Madras marine plague regulations
Disease focus: Plague
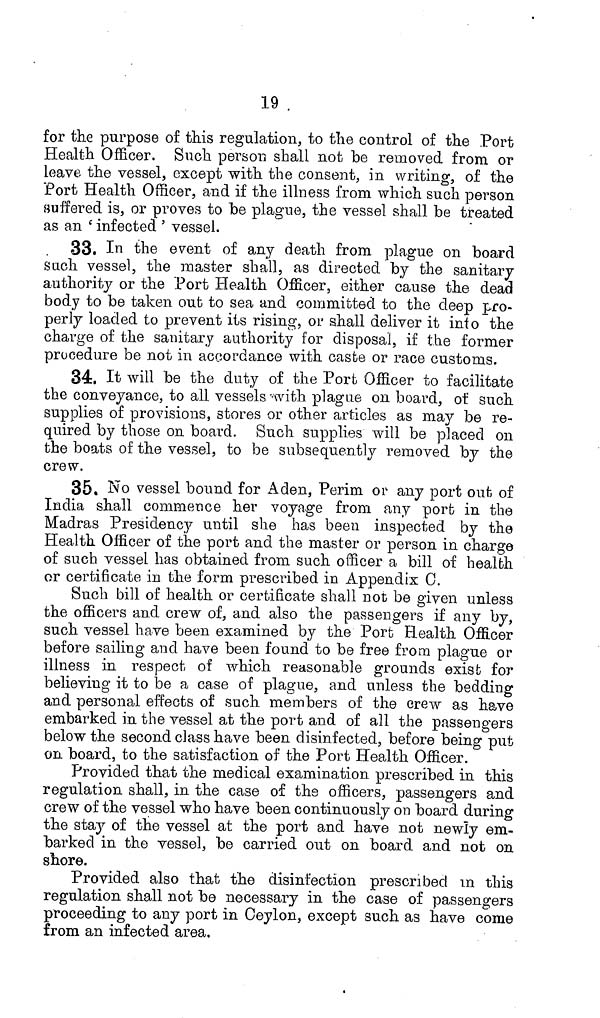
19.
for the purpose of this regulation, to the control of the Port
Health Officer. Such person shall not be removed from or
Leave the vessel, except with the consent, in writing, of the
Port Health Officer, and if the illness from which such person
suffered is, or proves to be plague, the vessel shall be treated
as an 'infected' vessel.
33. In the event of any death from plague on board
Such vessel, the master shall, as directed by the sanitary
authority or the Port Health Officer, either cause the dead
body to be taken out to sea and committed to the deep pro-
perly loaded to prevent its rising, or shall deliver it into the
charge of the sanitary authority for disposal, if the former
procedure be not in accordance with caste or race customs.
34. It will be the duty of the Port Officer to facilitate
the conveyance, to all vessels with plague on board, of such,
supplies of provisions, stores or other articles as may be re-
quired by those on board. Such supplies will be placed on
the boats of the vessel, to be subsequently removed by the
crew.
35. No vessel bound for Aden, Perim or any port out of
India shall commence her voyage from any port in the
Madras Presidency until she has been inspected by the
Health Officer of the port and the master or person in charge
of such vessel has obtained from such officer a bill of health
or certificate in the form prescribed in Appendix C.
Such bill of health or certificate shall not be given unless
the officers and crew of, and also the passengers if any by,
such vessel have been examined by the Port Health Officer
before sailing and have been found to be free from plague or
illness in respect of which reasonable grounds exist for
believing it to be a case of plague, and unless the bedding
and personal effects of such members of the crew as have
embarked in the vessel at the port and of all the passengers
below the second class have been disinfected, before being put
on board, to the satisfaction of the Port Health Officer.
Provided that the medical examination prescribed in this
regulation shall, in the case of the officers, passengers and
crew of the vessel who have been continuously on board during
the stay of the vessel at the port and have not newîy em-
barked in the vessel, be carried out on board and not on
shore.
Provided also that the disinfection prescribed in this
regulation shall not be necessary in the case of passengers
proceeding to any port in Ceylon, except such as have come
from an infected area.